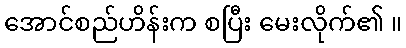
အောင်စည်ဟိန်းက စပြီး မေးလိုက်၏ ။